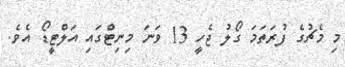
މި މެޗުގެ ފުރަތަމަ ގޯލު ޖެހީ 13 ވަނަ މިނިޓްގައި އަލްޓީޑޯ އެވެ.